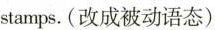
stamps.(改成被动语态)